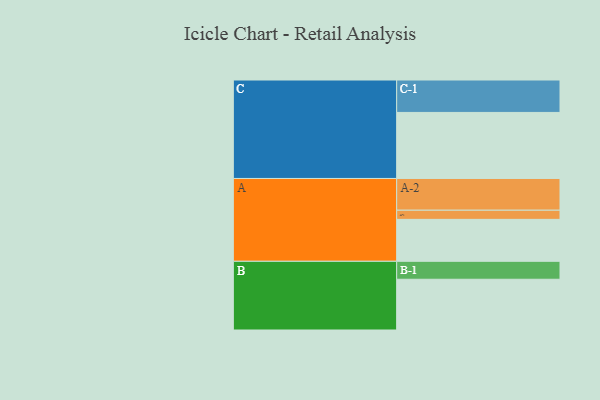
{"axis": {"x": "Segment", "y": "Value"}, "legend": ["", "A", "B", "C"], "data": [{"x": "A", "y": 362, "type": ""}, {"x": "B", "y": 438, "type": ""}, {"x": "C", "y": 570, "type": ""}, {"x": "A-1", "y": 79, "type": "A"}, {"x": "A-2", "y": 274, "type": "A"}, {"x": "B-1", "y": 155, "type": "B"}, {"x": "C-1", "y": 280, "type": "C"}]}